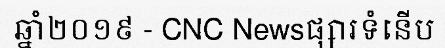
ឆ្នាំ២០១៩ - CNC Newsផ្សារទំនើប